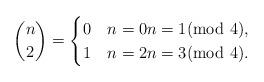
LaTeX: \begin{align*}\binom{n}{2} = \begin{cases}0 & n=0 n=1 (\mathrm{mod}\ 4),\\1 & n=2 n=3 (\mathrm{mod}\ 4).\end{cases}\end{align*}